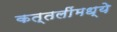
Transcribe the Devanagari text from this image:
कत्तलींमध्ये